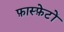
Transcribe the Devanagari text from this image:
फ़ास्फ़ेटों